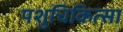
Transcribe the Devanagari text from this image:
पशुचिकित्‍सा